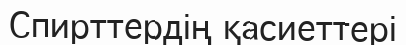
Спирттердің қасиеттері